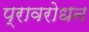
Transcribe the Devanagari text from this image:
प्रावरोधन